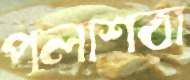
পলাশবা